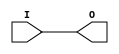
module BUFG (
   input wire I,
   output wire O
   );

   assign O = I;
   
endmodule